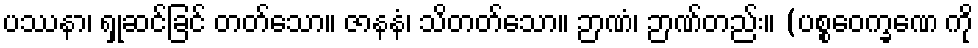
ပဿနာ၊ ရှုဆင်ခြင် တတ်သော။ ဇာနနံ၊ သိတတ်သော။ ဉာဏံ၊ ဉာဏ်တည်း။ (ပစ္စဝေက္ခဏေ ကို